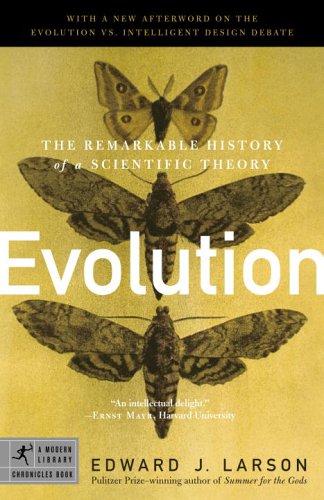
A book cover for Evolution: The Remarkable History of a Scientific Theory (Modern Library Chronicles); Edward J. Larson; Science & Math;